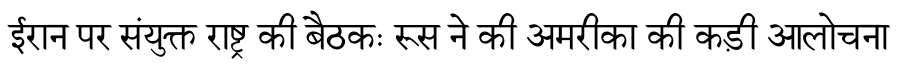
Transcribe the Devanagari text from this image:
ईरान पर संयुक्त राष्ट्र की बैठकः रूस ने की अमरीका की कड़ी आलोचना